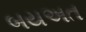
બયઅત